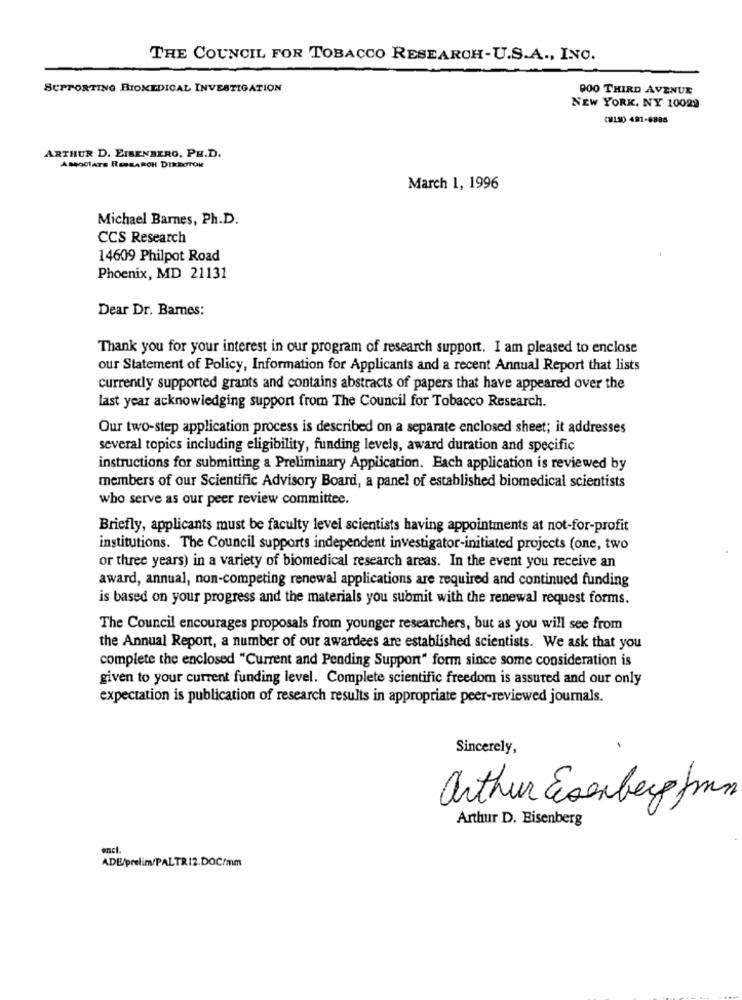
THE COUNCIL FOR TOBACCO RESEARCH-U.S.A ., INC.
SUPPORTING BIOMEDICAL INVESTIGATION
000 THIRD AVENUE
NEW YORK, NY 10029
(180 491-8885
ARTHUR D. EISENBERG, PH.D.
AMOCIATE RESEARCH DIRBOTON
March 1, 1996
Michael Barnes, Ph.D.
CCS Research
14609 Philpot Road
Phoenix, MD 21131
Dear Dr. Barnes:
Thank you for your interest in our program of research support. I am pleased to enclose
our Statement of Policy, Information for Applicants and a recent Annual Report that lists
currently supported grants and contains abstracts of papers that have appeared over the
last year acknowledging support from The Council for Tobacco Research.
Our two-step application process is described on a separate enclosed sheet; it addresses
several topics including eligibility, funding levels, award duration and specific
instructions for submitting a Preliminary Application. Each application is reviewed by
members of our Scientific Advisory Board, a panel of established biomedical scientists
who serve as our peer review committee.
Briefly, applicants must be faculty level scientists having appointments at not-for-profit
institutions. The Council supports independent investigator-initiated projects (one, two
or three years) in a variety of biomedical research areas. In the event you receive an
award, annual, non-competing renewal applications are required and continued funding
is based on your progress and the materials you submit with the renewal request forms.
The Council encourages proposals from younger researchers, but as you will see from
the Annual Report, a number of our awardees are established scientists. We ask that you
complete the enclosed "Current and Pending Support" form since some consideration is
given to your current funding level. Complete scientific freedom is assured and our only
expectation is publication of research results in appropriate peer-reviewed journals.
Sincerely,
arthur Everberg mm
Arthur D. Bisenberg
encl.
ADE/prelimv/PALTR12.DOC/mm